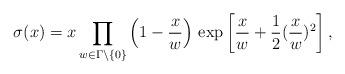
LaTeX: \begin{align*}\sigma (x)=x\prod_{w\in \Gamma \setminus \{0\}}\left(1-\frac{x}{w}\right)\,\exp \left[ \frac{x}{w}+\frac{1}{2}(\frac{x}{w})^{2}\right],\end{align*}